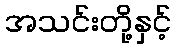
အသင်းတို့နှင့်